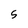
Character: 5